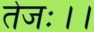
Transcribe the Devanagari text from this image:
तेजः।।